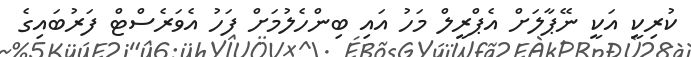
ކުރިކީ އަކީ ނޭޕާލަށް އެޕްރީލް މަހު އައި ބިންހެލުމަށް ފަހު އެވަރެސްޓް ފަރުބައިގެ